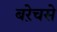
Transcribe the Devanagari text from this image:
बऱेचसे